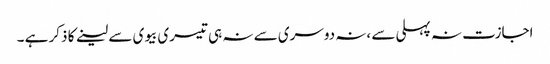
اجازت نہ پہلی سے ،نہ دوسری سے نہ ہی تیسری بیوی سے لینے کا ذکر ہے ۔